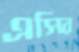
এসির